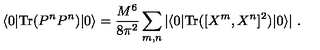
\langle 0 | \mathrm { T r } ( P ^ { n } P ^ { n } ) | 0 \rangle = \frac { M ^ { 6 } } { 8 \pi ^ { 2 } } \sum _ { m , n } | \langle 0 | \mathrm { T r } ( [ X ^ { m } , X ^ { n } ] ^ { 2 } ) | 0 \rangle | \ .